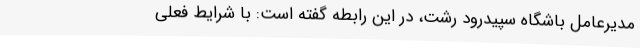
مدیرعامل باشگاه سپیدرود رشت، در این رابطه گفته است: با شرایط فعلی